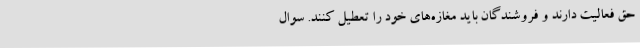
حق فعالیت دارند و فروشندگان باید مغازه‌های خود را تعطیل کنند. سوال